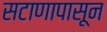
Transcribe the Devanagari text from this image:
सटाणापासून